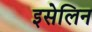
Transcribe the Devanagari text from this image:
इसेलिन